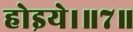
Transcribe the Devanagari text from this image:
होइये।॥७॥